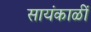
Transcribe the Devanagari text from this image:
सायंकाळीं